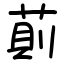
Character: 萴